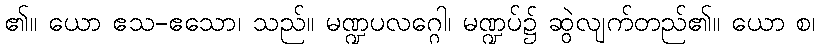
၏။ ယော ဧသ-ဧသော၊ သည်။ မဏ္ဍပလဂ္ဂေါ၊ မဏ္ဍပ်၌ ဆွဲလျက်တည်၏။ ယော စ၊